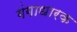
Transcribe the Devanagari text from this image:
गंगाधारक